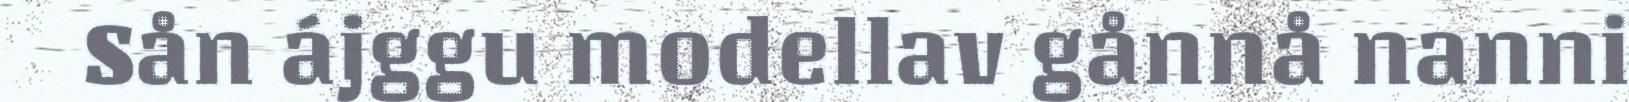
Sån ájggu modellav gånnå nanni